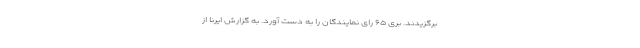
برگزیدند. بری ۶۵ رای نمایندگان را به دست آورد. به گزارش ایرنا از